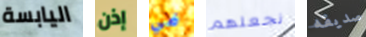
اليابسة إذن في نجعلهم صديقه